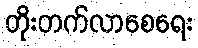
တိုးတက်လာစေရေး